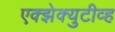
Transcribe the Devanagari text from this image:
एक्झेक्युटीव्ह